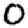
Digit: 0